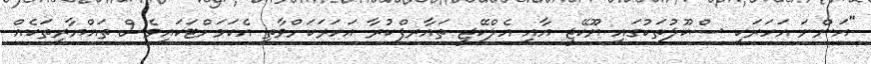
"އަންނަ އަހަރަކީ ސްކޫލުތަކުގައި ޔޫކޭޖީ އާއި އެލްކޭޖީ ތައާރފްކުރާ އަހަރަކަށްވާތީ އެކަމަށްޓަކައިވެސް ތައްޔާރީތަކެއް